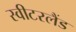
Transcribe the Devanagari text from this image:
स्‍वीटरलैंड